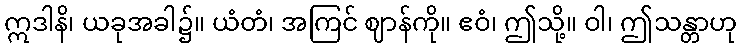
ဣဒါနိ၊ ယခုအခါ၌။ ယံတံ၊ အကြင် ဈာန်ကို။ ဧဝံ၊ ဤသို့။ ဝါ၊ ဤသန္တာဟု